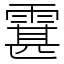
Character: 䨢